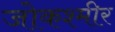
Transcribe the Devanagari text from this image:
जोकश्मीर